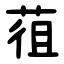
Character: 䓚